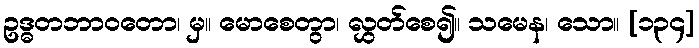
ဥဒ္ဓတဘာဝတော၊ မှ။ မောစေတွာ၊ လွှတ်စေ၍။ သမေန၊ သော။ [၁၃၄]